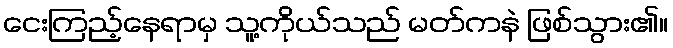
ငေးကြည့်နေရာမှ သူ့ကိုယ်သည် မတ်ကနဲ ဖြစ်သွား၏။